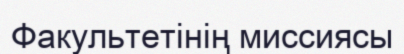
Факультетінің миссиясы